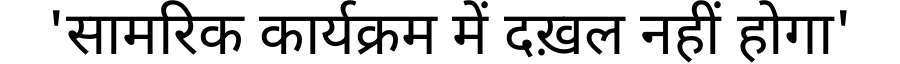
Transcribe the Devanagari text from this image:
'सामरिक कार्यक्रम में दख़ल नहीं होगा'